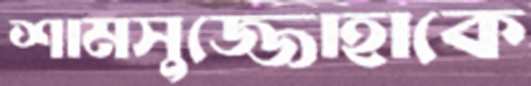
শামসুজ্জোহাকে